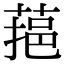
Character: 𦶂